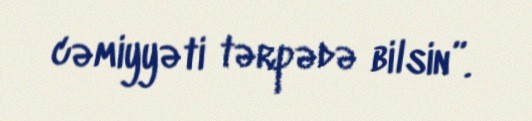
cəmiyyəti tərpədə bilsin”.